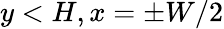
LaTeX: y<H,x=\pm W/2